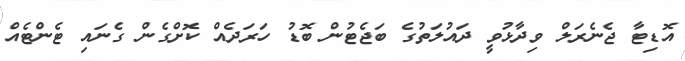
އޮޑިޓާ ޖެނެރަލް ވިދާޅުވީ ދައުލަތުގެ ބަޖެޓުން ބޮޑު ހަރަދެއް ކޮށްގެން ގެނައި ޓެންޓެއް